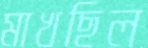
মাখছিল